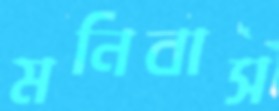
মনিবাস